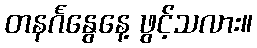
တနင်္ဂနွေနေ့ ဖွင့်သလား။